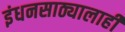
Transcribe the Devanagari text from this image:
इंधनसाठ्यालाही